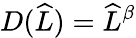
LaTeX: D(\widehat{L})=\widehat{L}^{\beta}